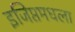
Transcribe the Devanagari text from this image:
इजिप्तमधला